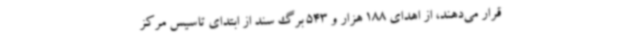
قرار می‌دهند، از اهدای 188 هزار و 543 برگ سند از ابتدای تاسیس مرکز